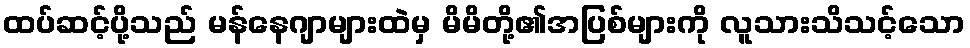
ထပ်ဆင့်ပို့သည် မန်နေဂျာများထဲမှ မိမိတို့၏အပြစ်များကို လူသားသိသင့်သော